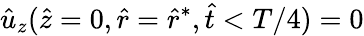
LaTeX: \hat{u}_{z}(\hat{z}=0,\hat{r}=\hat{r}^{*},\hat{t}<T/4)=0